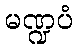
မဏ္ဍပံ